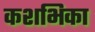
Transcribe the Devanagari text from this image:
कशभिका